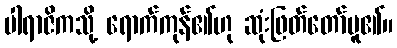
ပါရာဇိကသို့ ရောက်ကုန်၏ဟု ဆုံးဖြတ်တော်မူ၏။